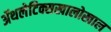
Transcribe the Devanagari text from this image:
ॲथलेटिक्सखालोखाल